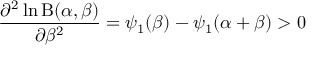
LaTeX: { \frac { \partial ^ { 2 } \ln \mathrm { B } ( \alpha , \beta ) } { \partial \beta ^ { 2 } } } = \psi _ { 1 } ( \beta ) - \psi _ { 1 } ( \alpha + \beta ) > 0